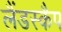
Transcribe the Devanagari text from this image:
लैंडस्कैप